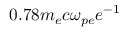
0 . 7 8 m _ { e } c \omega _ { p e } e ^ { - 1 }